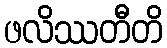
ဖလိဿတီတိ